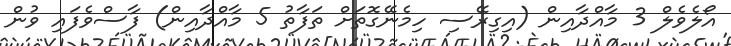
އޯލެވެލް 3 މާއްދާއިން (އިގިރޭސި ހިމެނޭގޮތަށް ތަފާތު 5 މާއްދާއިން) ފާސްވެފައި ވުން